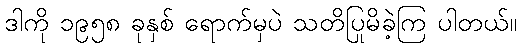
ဒါကို ၁၉၅၈ ခုနှစ် ရောက်မှပဲ သတိပြုမိခဲ့ကြ ပါတယ်။